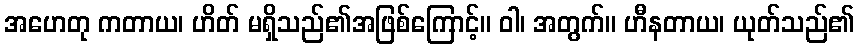
အဟေတု ကတာယ၊ ဟိတ် မရှိသည်၏အဖြစ်ကြောင့်။ ဝါ၊ အတွက်။ ဟီနတာယ၊ ယုတ်သည်၏